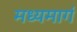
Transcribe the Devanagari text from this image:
मध्‍यमार्ग